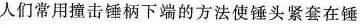
人们常用撞击锤柄下端的方法使锤头紧套在锤